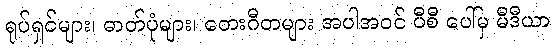
ရုပ်ရှင်များ၊ ဓာတ်ပုံများ၊ တေးဂီတများ အပါအဝင် ပီစီ ပေါ်မှ မီဒီယာ